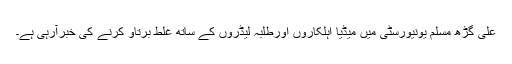
علی گڑھ مسلم یونیورسٹی میں میڈیا اہلکاروں اورطلبہ لیڈروں کے ساتھ غلط برتاو کرنے کی خبرآرہی ہے۔